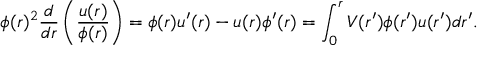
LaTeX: \phi ( r ) ^ { 2 } \frac { d } { d r } \left( \frac { u ( r ) } { \phi ( r ) } \right) = \phi ( r ) u ^ { \prime } ( r ) - u ( r ) \phi ^ { \prime } ( r ) = \int _ { 0 } ^ { r } V ( r ^ { \prime } ) \phi ( r ^ { \prime } ) u ( r ^ { \prime } ) d r ^ { \prime } .